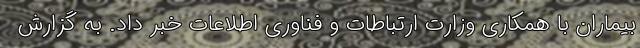
بیماران با همکاری وزارت ارتباطات و فناوری اطلاعات خبر داد. به گزارش